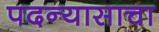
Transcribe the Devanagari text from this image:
पदन्यासाचा